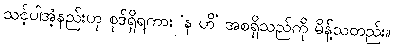
သင့်ပါအံ့နည်းဟု စုဒ်ရှိရကား ‘န ဟိ’ အစရှိသည်ကို မိန့်သတည်း။